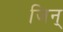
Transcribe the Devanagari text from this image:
जिन्